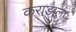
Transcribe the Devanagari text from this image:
कराडाला